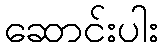
ဆောင်းပါး